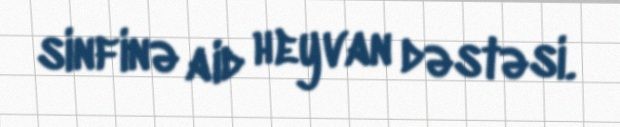
sinfinə aid heyvan dəstəsi.